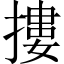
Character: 摟